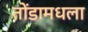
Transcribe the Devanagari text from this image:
तोंडामधला